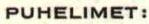
PUHELIMET: